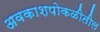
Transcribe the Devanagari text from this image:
अवकाशपोकळीतील